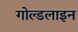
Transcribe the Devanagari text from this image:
गोल्डलाइन